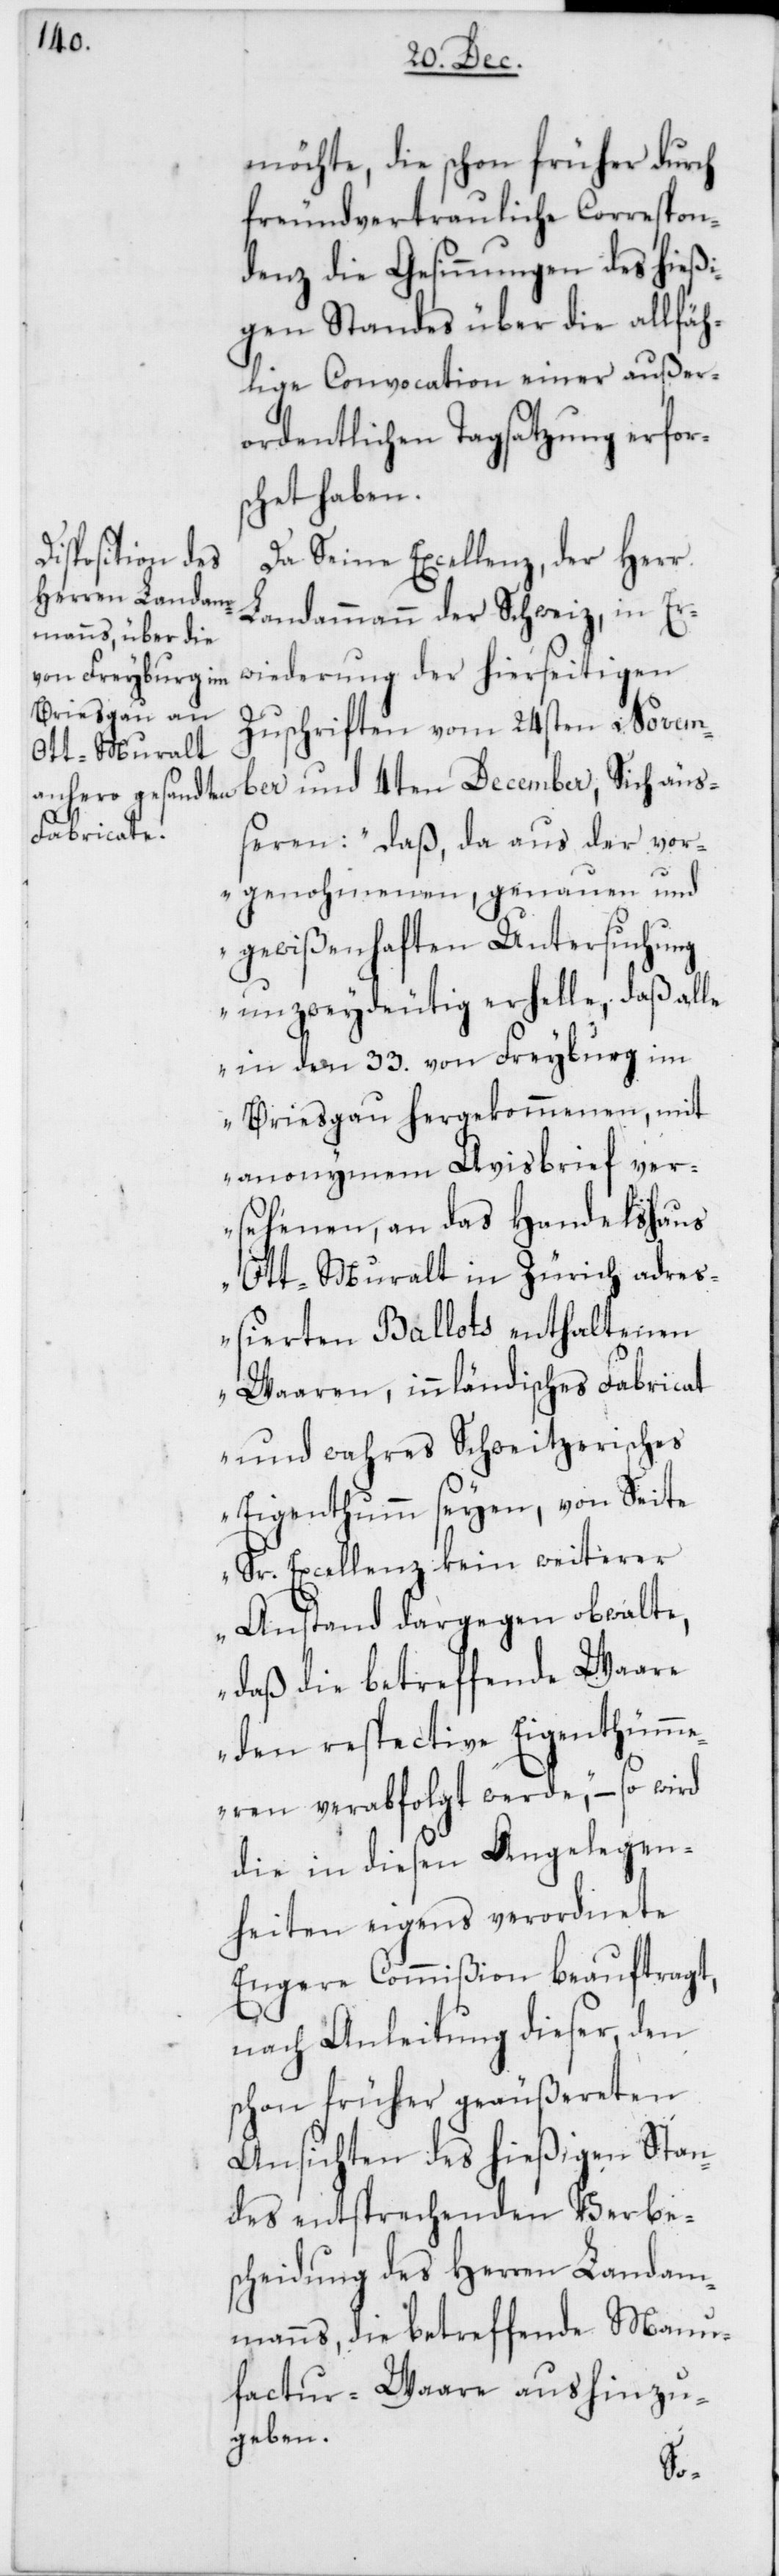
möchte, die schon früher durch
freundvertrauliche Correspon¬
denz die Gesinnungen des hießi¬
gen Standes über die allfäh¬
lige Convocation einer außer¬
ordentlichen Tagsatzung erfors¬
chet haben.
Da Seine Excellenz, der Herr
Landammann der Schweiz, in Er¬
wiederung der hierseitigen
Zuschriften vom 24sten Novem¬
ber und 4ten December, Sich äuß¬
eren: „daß, da aus der vor¬
genohmenen, genauen und
gewißenhaften Untersuchung
unzweydeutig erhelle, daß alle
in den 33. von Freyburg im
Breisgau hergekommenen, mit
anonymem Avisbrief ver¬
sehenen, an das Handelshaus
Ott-Muralt in Zürich adres¬
sierten Ballots enthaltenen
Waaren, inländisches Fabricat
und wahres Schweizerisches
Eigenthum seyen, von Seite
Sr. Excellenz kein weiterer
Anstand dargegen obwalte,
daß die betreffende Waare
den respective Eigentüme¬
ren verabfolgt werde“, – so wird
die in diesen Angelegen¬
heiten eigens verordnete
Engere Commißion beauftragt,
nach Anleitung dieser, den
schon früher geäußereten
Ansichten des hießigen Stan¬
des entsprechenden Verbe¬
scheidung des Herren Landam¬
manns, die betreffende Manu¬
factur-Waare aushinzu¬
geben.